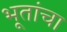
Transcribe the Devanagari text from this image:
भूतांचा